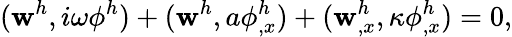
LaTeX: (\mathbf{w}^{h},i\omega\phi^{h})+(\mathbf{w}^{h},a\phi_{,x}^{h})+(\mathbf{w}_{,x}^{h},\kappa\phi_{,x}^{h})=0,